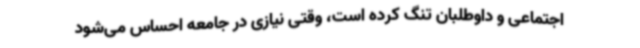
اجتماعی و داوطلبان تنگ کرده است، وقتی نیازی در جامعه احساس می‌شود